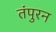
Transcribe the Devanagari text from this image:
तंपुरन